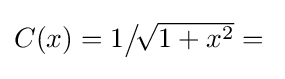
{\textstyle {\vphantom {\Big |}}C(x)=1{\big /}\!{\sqrt {1+x^{2}}}={}}